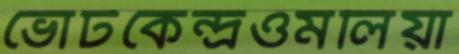
ভোটকেন্দ্রওমলিয়া